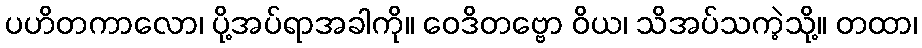
ပဟိတကာလော၊ ပို့အပ်ရာအခါကို။ ဝေဒိတဗ္ဗော ဝိယ၊ သိအပ်သကဲ့သို့။ တထာ၊